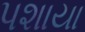
પશાયા